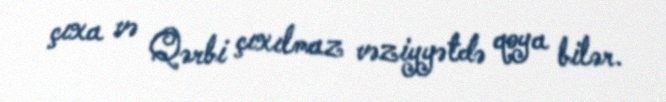
çıxa və Qərbi çıxılmaz vəziyyətdə qoya bilər.